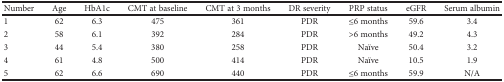
<table><thead><tr><td><b>Number</b></td><td><b>Age</b></td><td><b>HbA1c</b></td><td><b>CMT at baseline</b></td><td><b>CMT at 3 months</b></td><td><b>DR severity</b></td><td><b>PRP status</b></td><td><b>eGFR</b></td><td><b>Serum albumin</b></td></tr></thead><tbody><tr><td>1</td><td>62</td><td>6.3</td><td>475</td><td>361</td><td>PDR</td><td>≤6 months</td><td>59.6</td><td>3.4</td></tr><tr><td>2</td><td>58</td><td>6.1</td><td>392</td><td>284</td><td>PDR</td><td>&gt;6 months</td><td>49.2</td><td>4.3</td></tr><tr><td>3</td><td>44</td><td>5.4</td><td>380</td><td>258</td><td>PDR</td><td>Naïve</td><td>50.4</td><td>3.2</td></tr><tr><td>4</td><td>61</td><td>4.8</td><td>500</td><td>414</td><td>PDR</td><td>Naïve</td><td>10.5</td><td>1.9</td></tr><tr><td>5</td><td>62</td><td>6.6</td><td>690</td><td>440</td><td>PDR</td><td>≤6 months</td><td>59.9</td><td>N/A</td></tr></tbody></table>